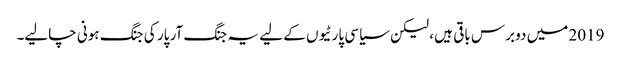
2019 میں دو برس باقی ہیں ، لیکن سیاسی پارٹیوں کے لیے یہ جنگ آر پار کی جنگ ہونی چالیے۔